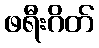
ဖရီးဂိတ်